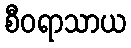
စီဝရာသာယ